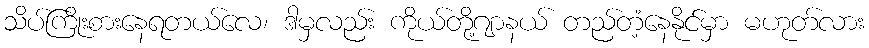
သိပ်ကြိုးစားနေရတယ်လေ၊ ဒါမှလည်း ကိုယ်တို့ဂျာနယ် တည်တံ့နေနိုင်မှာ မဟုတ်လား